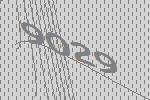
9029